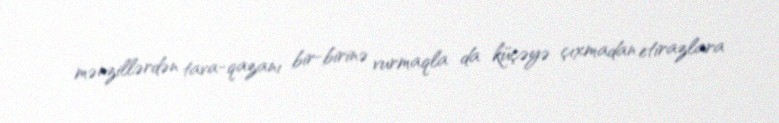
mənzillərdən tava-qazanı bir-birinə vurmaqla da küçəyə çıxmadan etirazlara